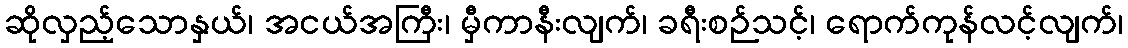
ဆိုလှည့်သောနှယ်၊ အငယ်အကြီး၊ မှီကာနီးလျက်၊ ခရီးစဉ်သင့်၊ ရောက်ကုန်လင့်လျက်၊